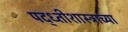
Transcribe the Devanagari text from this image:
पद्ध्तीशास्त्राच्या